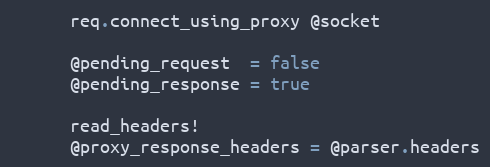
Language: Ruby
      req.connect_using_proxy @socket

      @pending_request  = false
      @pending_response = true

      read_headers!
      @proxy_response_headers = @parser.headers